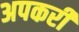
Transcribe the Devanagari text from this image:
अपकरी